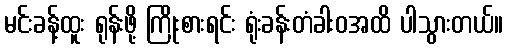
မင်းခန့်ထူး ရုန်းဖို့ ကြိုးစားရင်း ရုံးခန်းတံခါးဝအထိ ပါသွားတယ်။